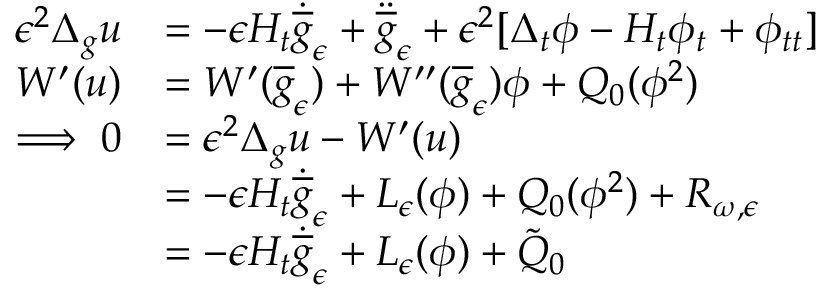
\begin{array} { r l } { \epsilon ^ { 2 } \Delta _ { g } u } & { = - \epsilon H _ { t } \dot { \overline { { g } } } _ { \epsilon } + \ddot { \overline { { g } } } _ { \epsilon } + \epsilon ^ { 2 } [ \Delta _ { t } \phi - H _ { t } \phi _ { t } + \phi _ { t t } ] } \\ { W ^ { \prime } ( u ) } & { = W ^ { \prime } ( \overline { { g } } _ { \epsilon } ) + W ^ { \prime \prime } ( \overline { { g } } _ { \epsilon } ) \phi + Q _ { 0 } ( \phi ^ { 2 } ) } \\ { \implies 0 } & { = \epsilon ^ { 2 } \Delta _ { g } u - W ^ { \prime } ( u ) } \\ & { = - \epsilon H _ { t } \dot { \overline { { g } } } _ { \epsilon } + L _ { \epsilon } ( \phi ) + Q _ { 0 } ( \phi ^ { 2 } ) + R _ { \omega , \epsilon } } \\ & { = - \epsilon H _ { t } \dot { \overline { { g } } } _ { \epsilon } + L _ { \epsilon } ( \phi ) + \tilde { Q } _ { 0 } } \end{array}